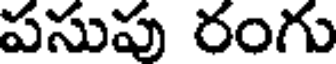
పసుపు రంగు